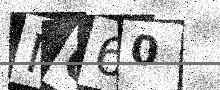
Text: N060